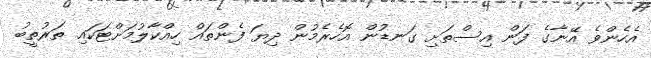
އެހެންވެ އޭނާގެ ފަން އިސްތަށި ގަނޑުން އޮހެރެމުން ދިޔަ ފެންތައް ހިއްކާލުމަށްޓަކައި ތަރުތީބު